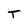
Character: T